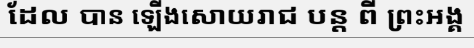
ដែល បាន ឡើងសោយរាជ បន្ត ពី ព្រះអង្គ